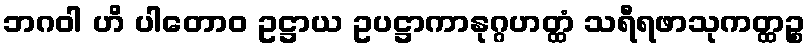
ဘဂဝါ ဟိ ပါတောဝ ဥဋ္ဌာယ ဥပဋ္ဌာကာနုဂ္ဂဟတ္ထံ သရီရဖာသုကတ္ထဉ္စ